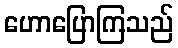
ဟောပြောကြသည်